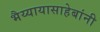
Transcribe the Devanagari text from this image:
भैय्यायासाहेबांनी